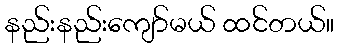
နည်းနည်းကျော်မယ် ထင်တယ်။